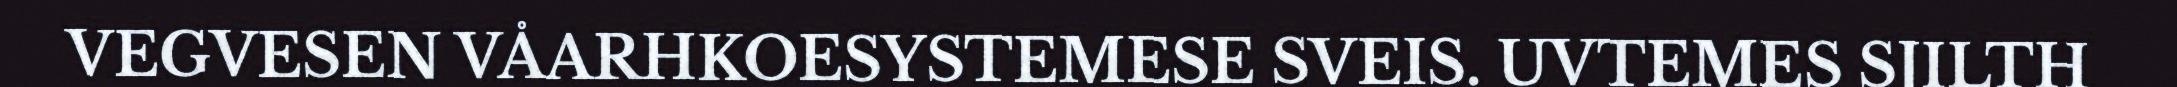
VEGVESEN VÅARHKOESYSTEMESE SVEIS. UVTEMES SJILTH